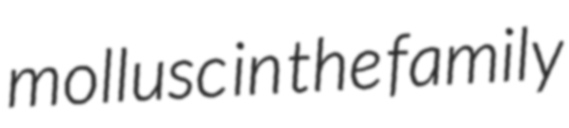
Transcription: mollusc in the family